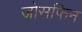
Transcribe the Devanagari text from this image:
जोसफिन